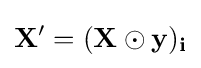
\mathbf {X} '=(\mathbf {X} \odot \mathbf {y} )_{\mathbf {i} }